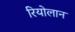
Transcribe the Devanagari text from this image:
रियोलान